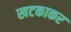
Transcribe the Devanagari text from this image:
खटकाकर